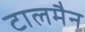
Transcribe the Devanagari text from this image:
टालमैन